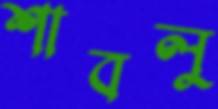
শাবলু